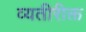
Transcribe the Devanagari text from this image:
व्यतीरीक्त